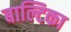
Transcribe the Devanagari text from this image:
बाल्टिका